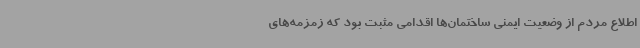
اطلاع مردم از وضعیت ایمنی ساختمان‌ها اقدامی مثبت بود که زمزمه‌های